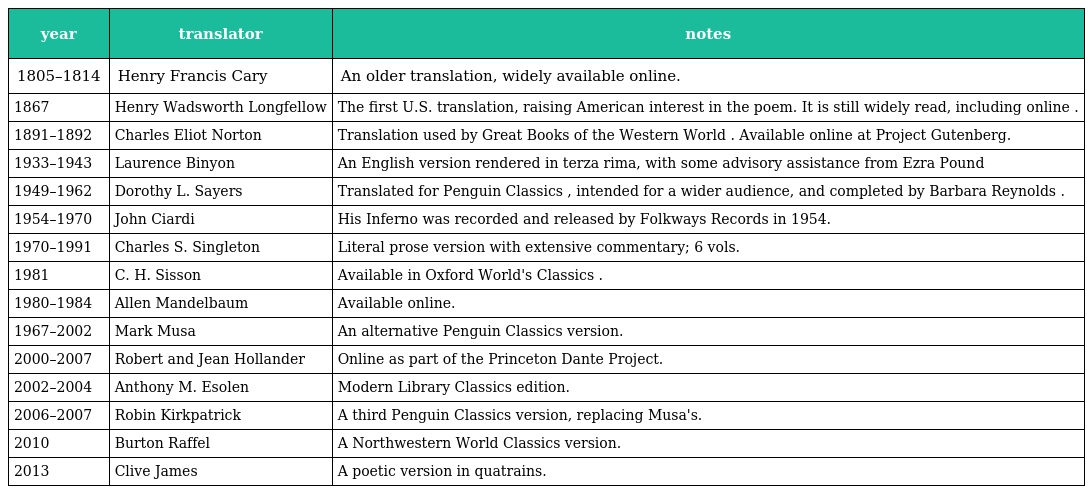
| year | translator | notes |
 | --- | --- | --- |
 | 1805–1814 | Henry Francis Cary | An older translation, widely available online. |
 | 1867 | Henry Wadsworth Longfellow | The first U.S. translation, raising American interest in the poem. It is still widely read, including online . |
 | 1891–1892 | Charles Eliot Norton | Translation used by Great Books of the Western World . Available online at Project Gutenberg. |
 | 1933–1943 | Laurence Binyon | An English version rendered in terza rima, with some advisory assistance from Ezra Pound |
 | 1949–1962 | Dorothy L. Sayers | Translated for Penguin Classics , intended for a wider audience, and completed by Barbara Reynolds . |
 | 1954–1970 | John Ciardi | His Inferno was recorded and released by Folkways Records in 1954. |
 | 1970–1991 | Charles S. Singleton | Literal prose version with extensive commentary; 6 vols. |
 | 1981 | C. H. Sisson | Available in Oxford World's Classics . |
 | 1980–1984 | Allen Mandelbaum | Available online. |
 | 1967–2002 | Mark Musa | An alternative Penguin Classics version. |
 | 2000–2007 | Robert and Jean Hollander | Online as part of the Princeton Dante Project. |
 | 2002–2004 | Anthony M. Esolen | Modern Library Classics edition. |
 | 2006–2007 | Robin Kirkpatrick | A third Penguin Classics version, replacing Musa's. |
 | 2010 | Burton Raffel | A Northwestern World Classics version. |
 | 2013 | Clive James | A poetic version in quatrains. |